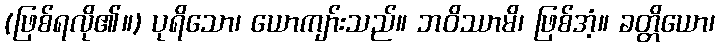
(ဖြစ်ရလို၏။) ပုရိသော၊ ယောကျာ်းသည်။ ဘဝိဿာမိ၊ ဖြစ်အံ့။ ခတ္တိယော၊